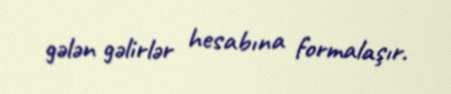
gələn gəlirlər hesabına formalaşır.